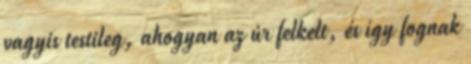
vagyis testileg, ahogyan az úr felkelt, és így fognak